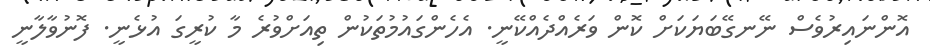
އޮންނައިރުވެސް ނޭނގޭބަޔަކަށް ކޮން ވަރެއްދެއްކޭނީ. އެހެންގައުމުތަކުން ތިއަށްވުރެ މާ ކުރީގަ އުޅެނީ. ފޮނުވާލާނީ